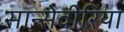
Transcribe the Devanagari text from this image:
सान्सेवीरिया